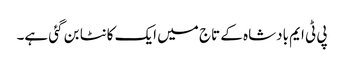
پی ٹی ایم بادشاہ کے تاج میں ایک کانٹا بن گئی ہے۔